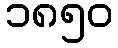
၁၈၅၀